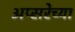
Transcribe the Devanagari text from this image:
अप्सरेच्या